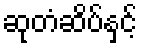
ဆုတံဆိပ်နှင့်